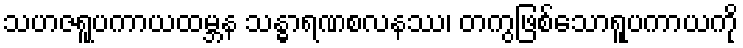
သဟဇရူပကာယထမ္ဘန သန္ဓာရဏစလနဿ၊ တကွဖြစ်သောရူပကာယကို